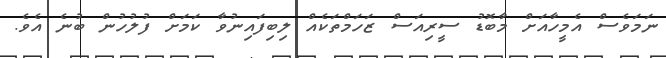
ނަމަވެސް އެމީހާއަށް މާބޮޑު ސީރިއަސް ޒަހަމްތަކެއް ލިބިފައިނުވާ ކަމަށް ފުލުހުން ބުނެ އެވެ.